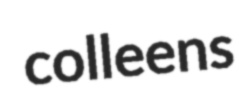
colleens